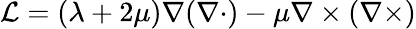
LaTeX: \mathcal{L}=(\lambda+2\mu)\nabla(\nabla\cdot)-\mu\nabla\times(\nabla\times)